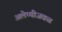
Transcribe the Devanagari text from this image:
अलेप्पीजवळ